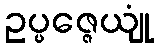
ဥပ္ပဇ္ဇေယျုံ